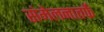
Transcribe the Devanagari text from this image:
संमेलनातर्फे